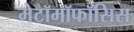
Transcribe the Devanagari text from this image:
मेटॉमॉफॉसिस